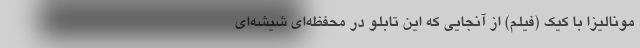
مونالیزا با کیک (فیلم) از آنجایی که این تابلو در محفظه‌ای شیشه‌ای